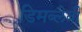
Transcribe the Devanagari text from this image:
डिमब्लेबी